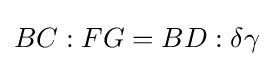
BC:FG=BD:\delta \gamma